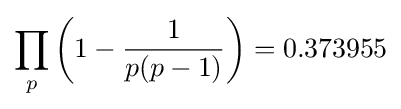
\prod _{p}\left(1-{\frac {1}{p(p-1)}}\right)=0.373955